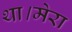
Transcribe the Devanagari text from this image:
था।मेरा